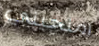
امنحيني